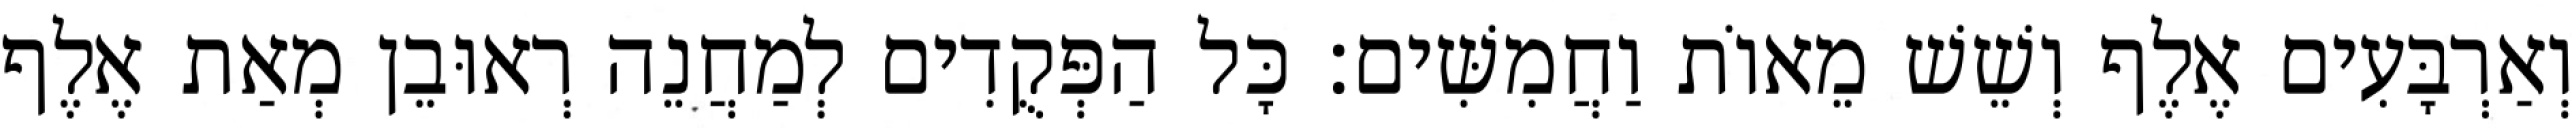
וְאַרְבָּעִים אֶלֶף וְשֵׁשׁ מֵאוֹת וַחֲמִשִּׁים׃ כָּל הַפְּקֻדִים לְמַחֲנֵה רְאוּבֵן מְאַת אֶלֶף